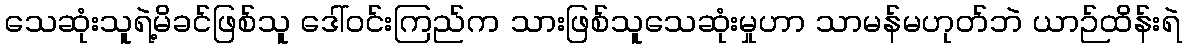
သေဆုံးသူရဲ့မိခင်ဖြစ်သူ ဒေါ်ဝင်းကြည်က သားဖြစ်သူသေဆုံးမှုဟာ သာမန်မဟုတ်ဘဲ ယာဉ်ထိန်းရဲ